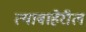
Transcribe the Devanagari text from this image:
त्याबाहेरील